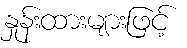
နှုန်းထားများဖြင့်